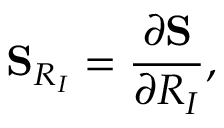
{ \displaystyle { \bf S } _ { R _ { I } } = \frac { \partial { \bf S } } { \partial R _ { I } } } ,